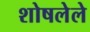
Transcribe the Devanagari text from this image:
शोषलेले